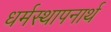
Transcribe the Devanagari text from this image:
धर्मस्थापनार्थ